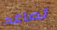
تصاعد